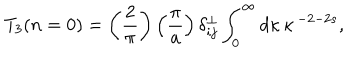
T _ { 3 } ( n = 0 ) = \left( { \frac { 2 } { \pi } } \right) \left( { \frac { \pi } { a } } \right) \delta _ { i j } ^ { \bot } \int _ { 0 } ^ { \infty } d \kappa \, \kappa \, ^ { - 2 - 2 s } ,